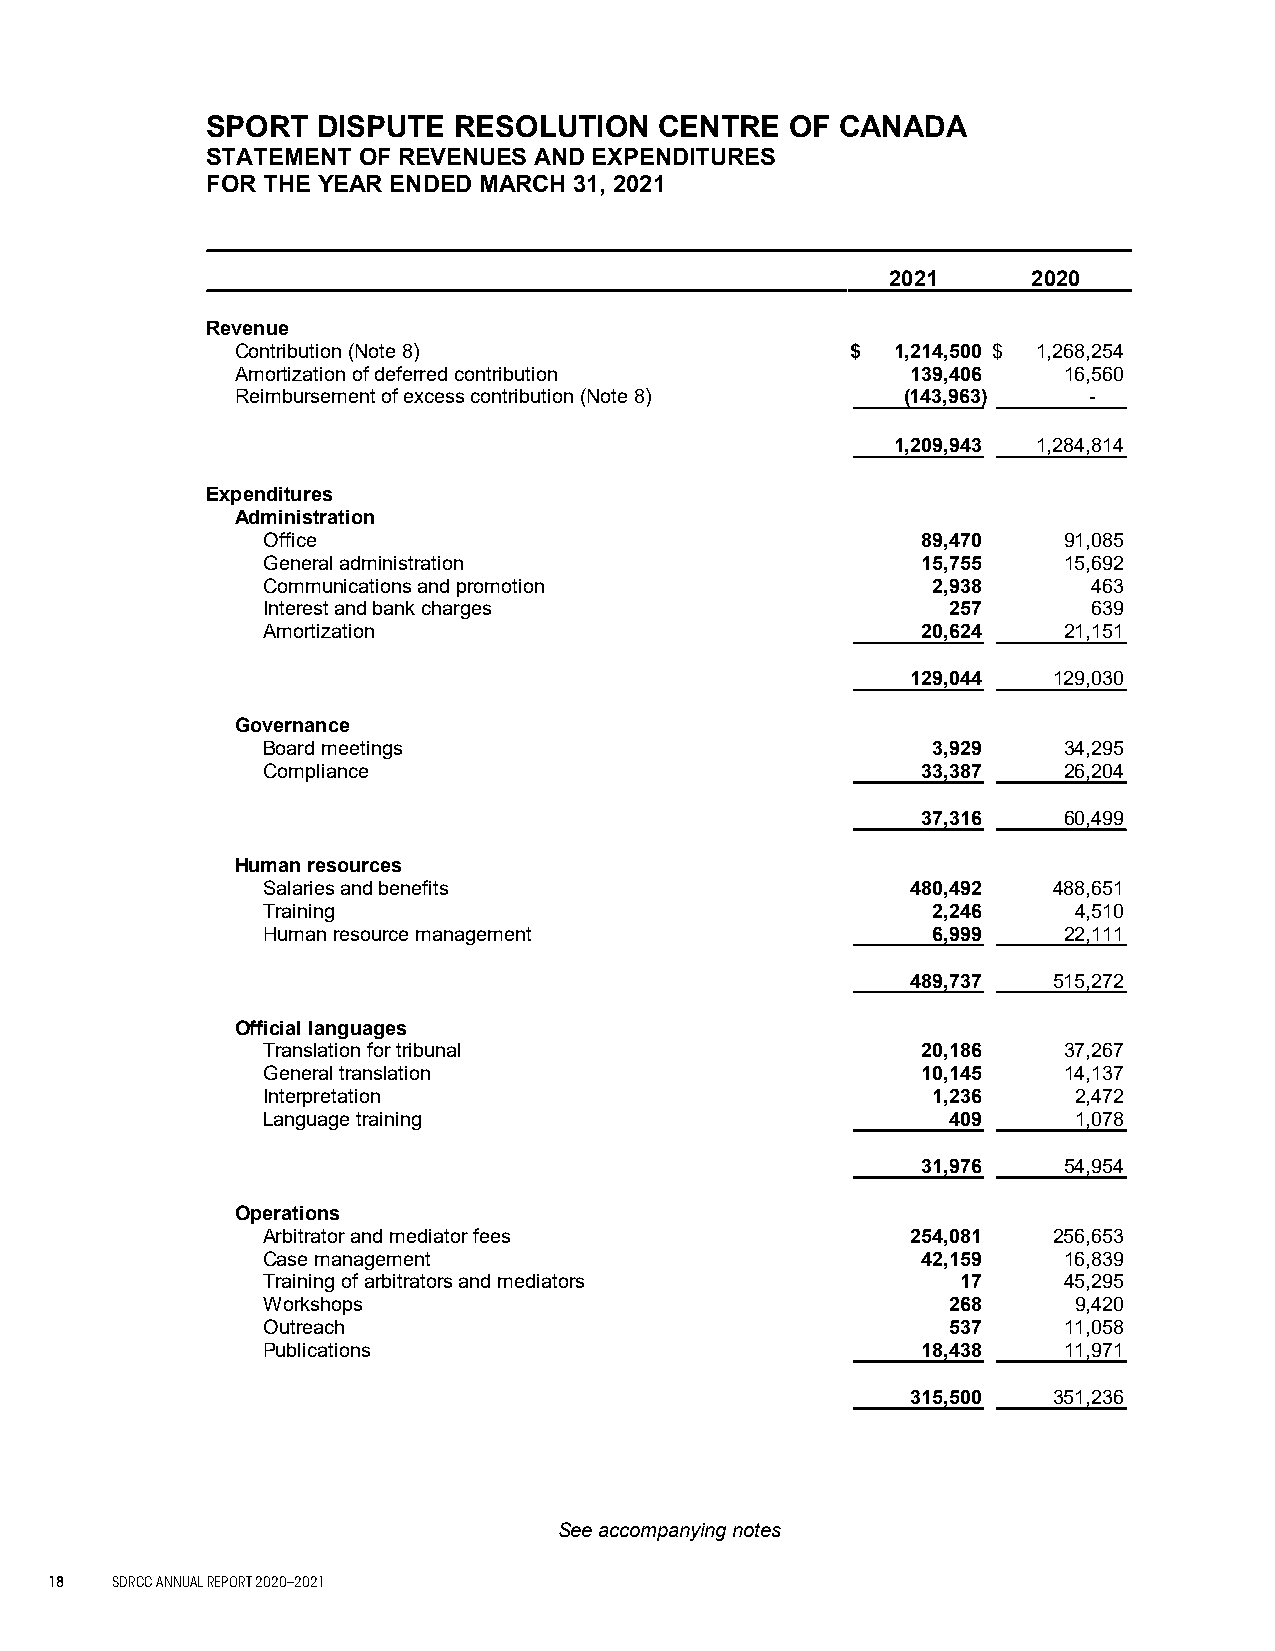
SPORT  DISPUTE  RESOLUTION    CENTRE  OF  CANADA
 STATEMENT OF REVENUES AND EXPENDITURES
 FOR THE YEAR ENDED MARCH 31, 2021
 2021     2020
 Revenue
 Contribution (Note 8)                   $  1,214,500 $ 1,268,254
 Amortization of deferred contribution       139,406   16,560
 Reimbursement of excess contribution (Note 8) (143,963) -
 1,209,943 1,284,814
 Expenditures
 Administration
 Office                                      89,470   91,085
 General administration                      15,755   15,692
 Communications and promotion                 2,938     463
 Interest and bank charges                     257      639
 Amortization                                20,624   21,151
 129,044   129,030
 Governance
 Board meetings                               3,929   34,295
 Compliance                                  33,387   26,204
 37,316   60,499
 Human resources
 Salaries and benefits                      480,492   488,651
 Training                                     2,246    4,510
 Human resource management                    6,999   22,111
 489,737   515,272
 Official languages
 Translation for tribunal                    20,186   37,267
 General translation                         10,145   14,137
 Interpretation                               1,236    2,472
 Language training                             409     1,078
 31,976   54,954
 Operations
 Arbitrator and mediator fees               254,081   256,653
 Case management                             42,159   16,839
 Training of arbitrators and mediators          17    45,295
 Workshops                                     268     9,420
 Outreach                                      537    11,058
 Publications                                18,438   11,971
 315,500   351,236
 See accompanying notes
 - 6 -
 18  SDRCC ANNUAL REPORT 2020–2021